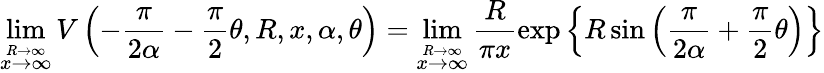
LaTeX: \operatorname*{lim}_{\stackrel{R\to\infty}{x\to\infty}}V\left(-\frac{\pi}{2\alpha}-\frac{\pi}{2}\theta,R,x,\alpha,\theta\right)=\operatorname*{lim}_{\stackrel{R\to\infty}{x\to\infty}}\frac{R}{\pi x}\exp\left\{ R\sin\left(\frac{\pi}{2\alpha}+\frac{\pi}{2}\theta\right)\right\}